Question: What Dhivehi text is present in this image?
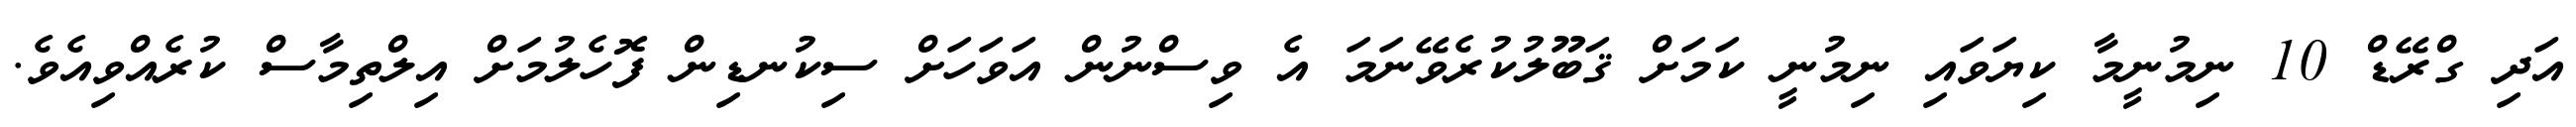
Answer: އަދި ގްރޭޑް 10 ނިމުނީމާ ކިޔަވައި ނިމުނީ ކަމަށް ޤަބޫލުކުރެވޭނަމަ އެ ވިސްނުން އަވަހަށް ސިކުނޑިން ފޮހެލުމަށް އިލްތިމާސް ކުރެއްވިއެވެ.